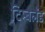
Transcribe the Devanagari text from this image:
टिम्बलैंड